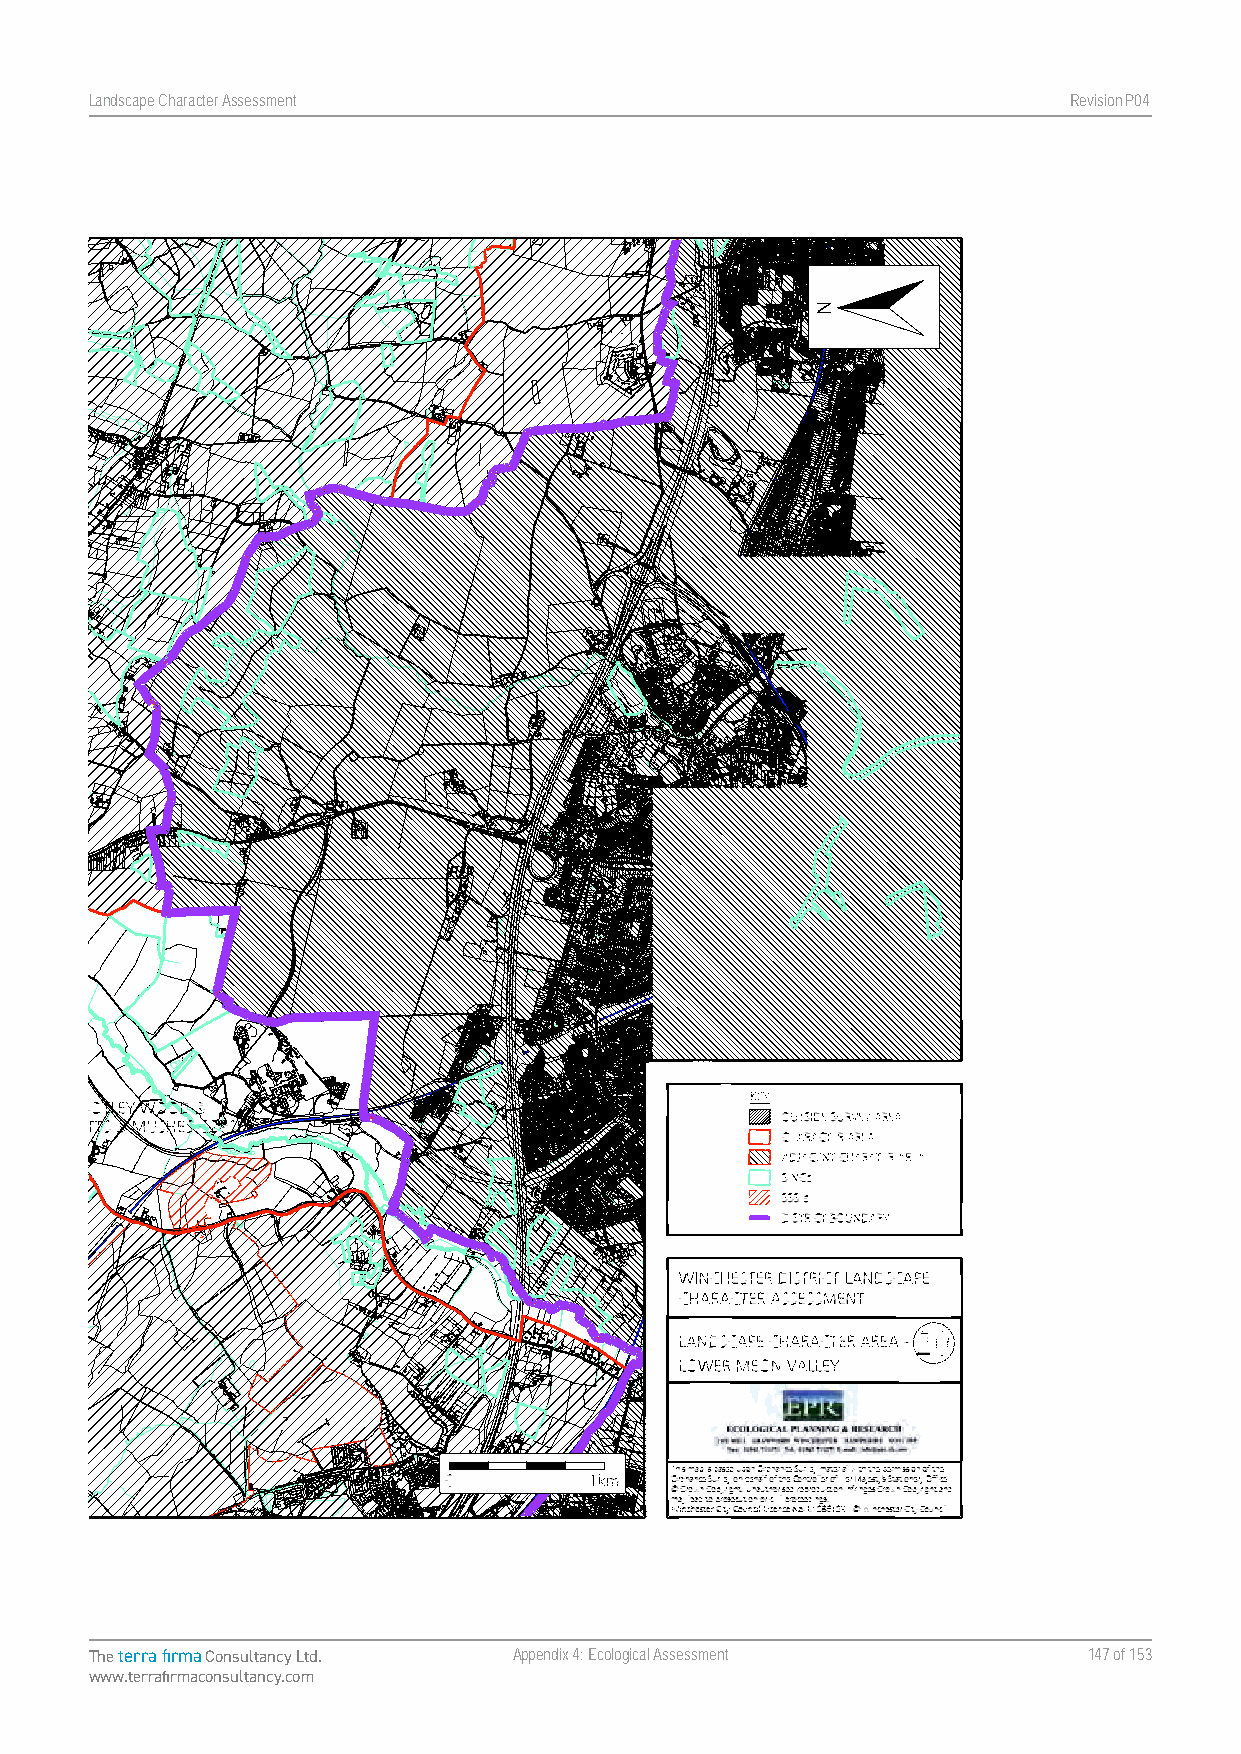
Landscape Character Assessment                                   RevisionP047
 Map 20. Landscape Character Area - Lower Meon Valley
 Landscape Character Assessment Appendix Four Winchester City Council
 The terra firma Consultancy Ltd. Appendix 4: Ecological Assessment 147 of 153
 www.terrafirmaconsultancy.com